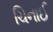
ચિનાઈ